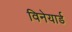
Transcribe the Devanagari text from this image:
विनेयार्ड